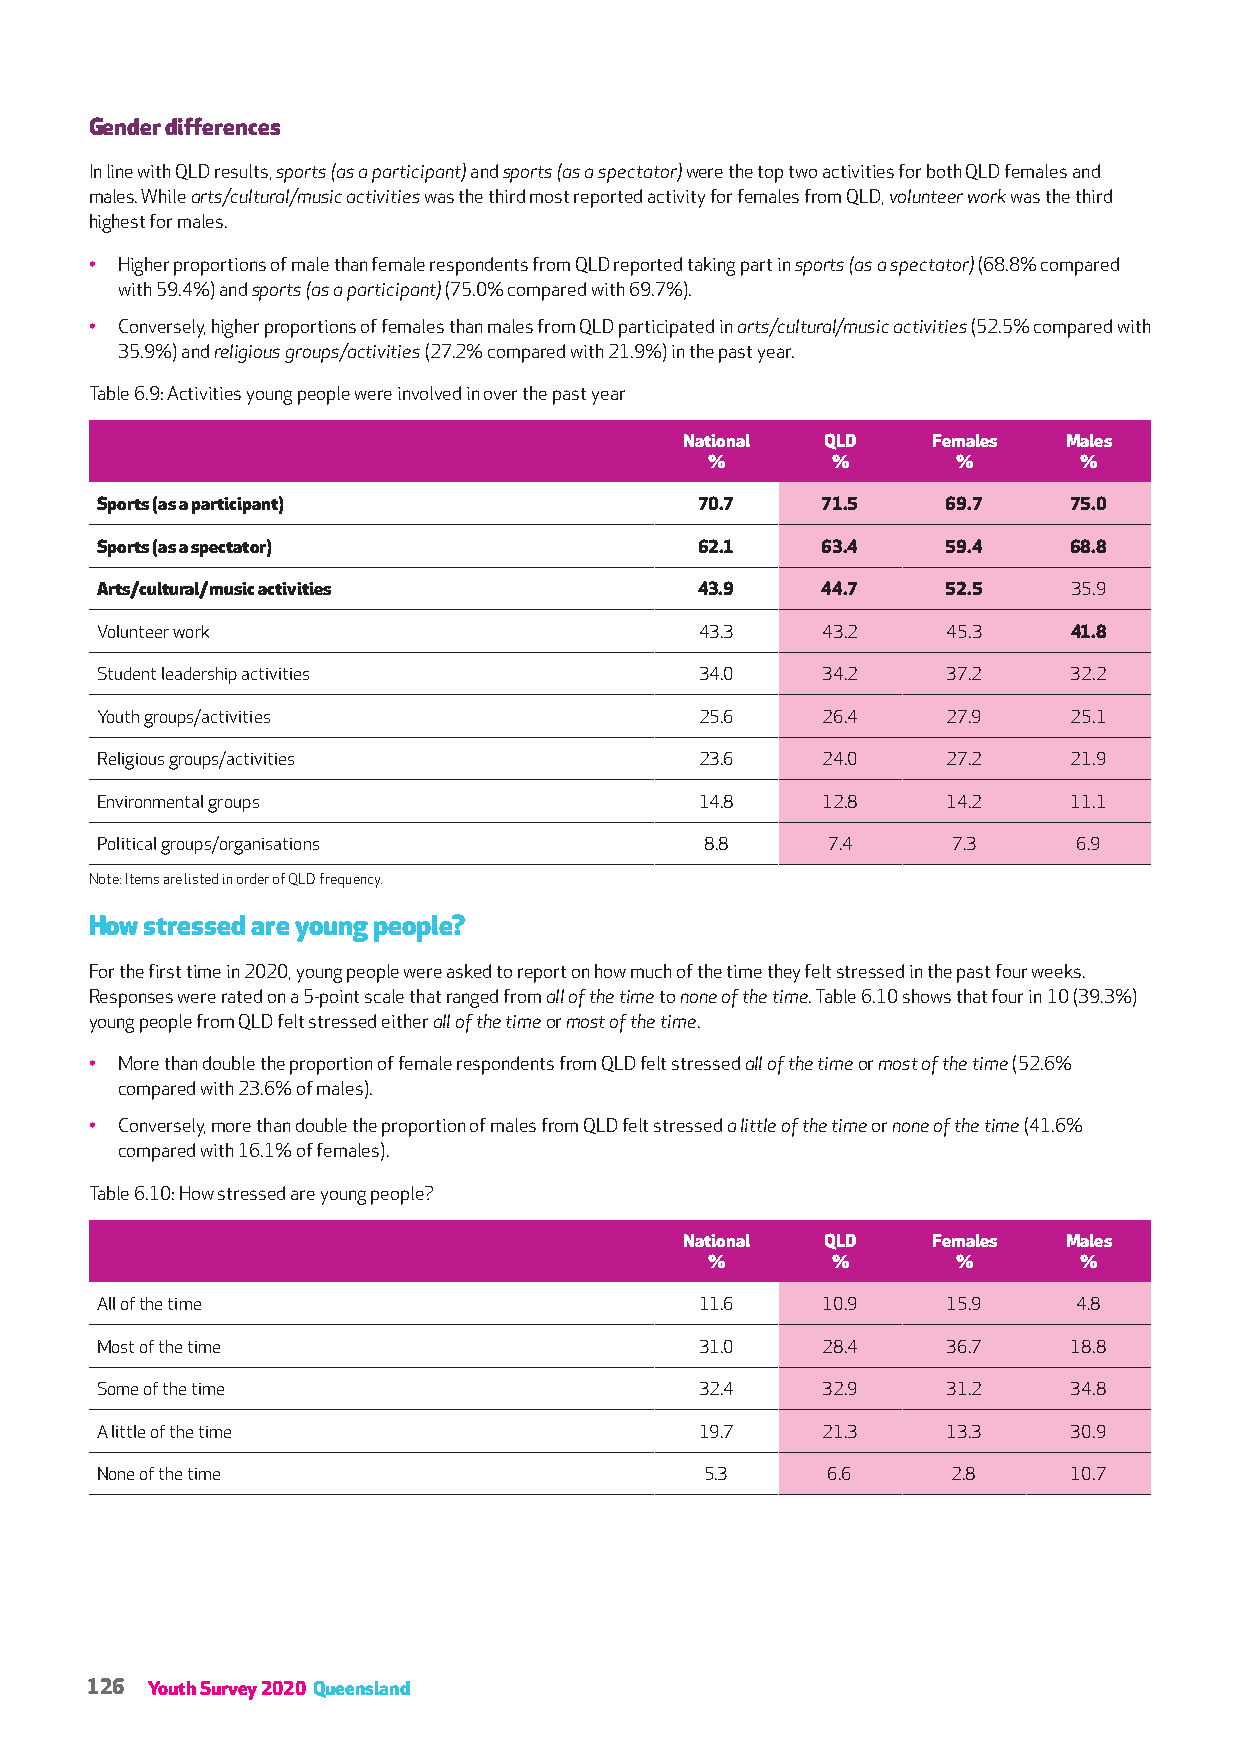
Gender differences
 In line with QLD results, sports (as a participant) and sports (as a spectator) were the top two activities for both QLD females and
 males. While arts/cultural/music activities was the third most reported activity for females from QLD, volunteer work was the third
 highest for males.
 • Higher proportions of male than female respondents from QLD reported taking part in sports (as a spectator) (68.8% compared
 with 59.4%) and sports (as a participant) (75.0% compared with 69.7%).
 • Conversely, higher proportions of females than males from QLD participated in arts/cultural/music activities (52.5% compared with
 35.9%) and religious groups/activities (27.2% compared with 21.9%) in the past year.
 Table 6.9: Activities young people were involved in over the past year
 National  QLD    Females  Males
 %       %       %       %
 Sports (as a participant)               70.7    71.5     69.7    75.0
 Sports (as a spectator)                 62.1    63.4     59.4    68.8
 Arts/cultural/music activities          43.9    44.7     52.5    35.9
 Volunteer work                          43.3    43.2     45.3    41.8
 Student leadership activities           34.0    34.2     37.2    32.2
 Youth groups/activities                 25.6    26.4     27.9    25.1
 Religious groups/activities             23.6    24.0     27.2    21.9
 Environmental groups                    14.8    12.8     14.2    11.1
 Political groups/organisations           8.8     7.4     7.3     6.9
 Note: Items are listed in order of QLD frequency.
 How stressed are young people?
 For the first time in 2020, young people were asked to report on how much of the time they felt stressed in the past four weeks.
 Responses were rated on a 5-point scale that ranged from all of the time to none of the time. Table 6.10 shows that four in 10 (39.3%)
 young people from QLD felt stressed either all of the time or most of the time.
 • More than double the proportion of female respondents from QLD felt stressed all of the time or most of the time (52.6%
 compared with 23.6% of males).
 • Conversely, more than double the proportion of males from QLD felt stressed a little of the time or none of the time (41.6%
 compared with 16.1% of females).
 Table 6.10: How stressed are young people?
 National  QLD    Females  Males
 %       %       %       %
 All of the time                         11.6    10.9     15.9    4.8
 Most of the time                        31.0    28.4     36.7    18.8
 Some of the time                        32.4    32.9     31.2    34.8
 A little of the time                    19.7    21.3     13.3    30.9
 None of the time                         5.3     6.6     2.8     10.7
 126 Youth Survey 2020 Queensland